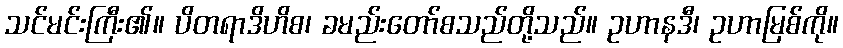
သင်မင်းကြီး၏။ ပိတရာဒိဟိစ၊ ခမည်းတော်စသည်တို့သည်။ ဥဟာနဒီ၊ ဥဟာမြစ်ကို။